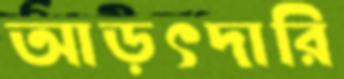
আড়ৎদারি